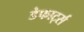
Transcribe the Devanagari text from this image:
डेफार्ट्स